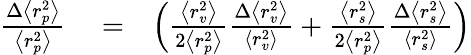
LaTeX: \begin{array}{rlr}{\frac{\Delta\left<r_{p}^{2}\right>}{\left<r_{p}^{2}\right>}}&{{}=}&{\left(\frac{\left<r_{v}^{2}\right>}{2\left<r_{p}^{2}\right>}\frac{\Delta\left<r_{v}^{2}\right>}{\left<r_{v}^{2}\right>}+\frac{\left<r_{s}^{2}\right>}{2\left<r_{p}^{2}\right>}\frac{\Delta\left<r_{s}^{2}\right>}{\left<r_{s}^{2}\right>}\right)}\end{array}